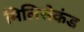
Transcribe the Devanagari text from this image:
मिलिसेकंड